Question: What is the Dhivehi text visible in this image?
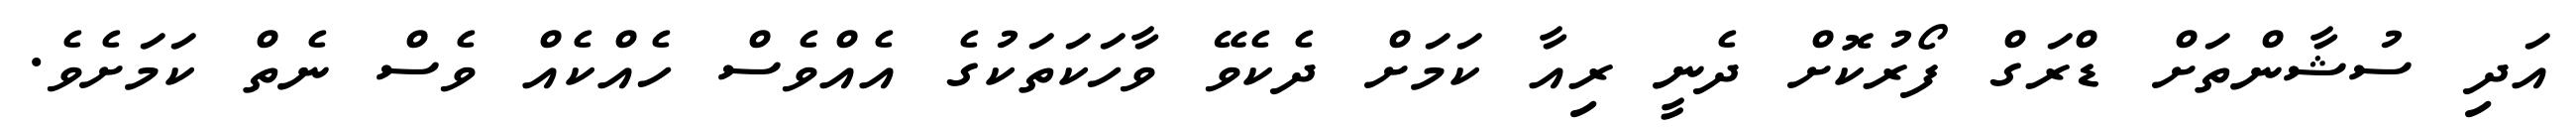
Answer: އަދި ސުޝާންތަށް ޑްރަގް ފޯރުކޮށް ދެނީ ރިއާ ކަމަށް ދެކެވޭ ވާހަކަތަކުގެ އެއްވެސް ހެއްކެއް ވެސް ނެތް ކަމަށެވެ.